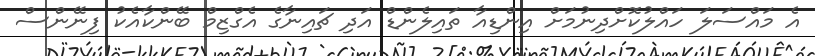
އެ މައްސަލަ ހައްލުކޮށްދިނުމަށް އިންޑިއާ ތައިލެންޑް އަދި ޗައިނާގެ އެގްޒިމް ބޭންކާއެކު ފިނޭންސް